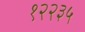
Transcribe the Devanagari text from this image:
१२२३५